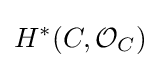
H^{*}(C,{\mathcal {O}}_{C})